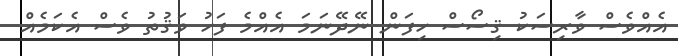
އެއްވެސް ވާރިސަކު ޤިސޯސް ހިފަން ނޭދޭނަމަ އެއްމެ ފަހު ވަޤުތު ވެސް އެކަމެއް